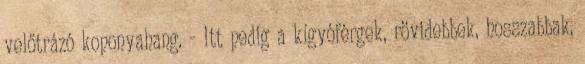
velőtrázó koponyahang. - Itt pedig a kígyóférgek, rövidebbek, hosszabbak,